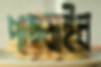
পাছ্‌ড়াইব